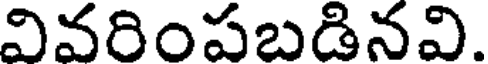
వివరింపబడినవి.